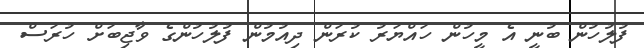
ފުލުހުން ބުނީ އެ މީހުން ހައްޔަރު ކުރަން ދިއުމުން ފުލުހުންގެ ވާޖިބަށް ހުރަސް